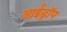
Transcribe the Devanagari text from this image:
आईड्रॉप